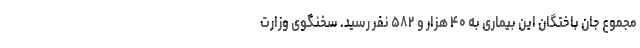
مجموع جان باختگان این بیماری به ۴۰ هزار و ۵۸۲ نفر رسید. سخنگوی وزارت